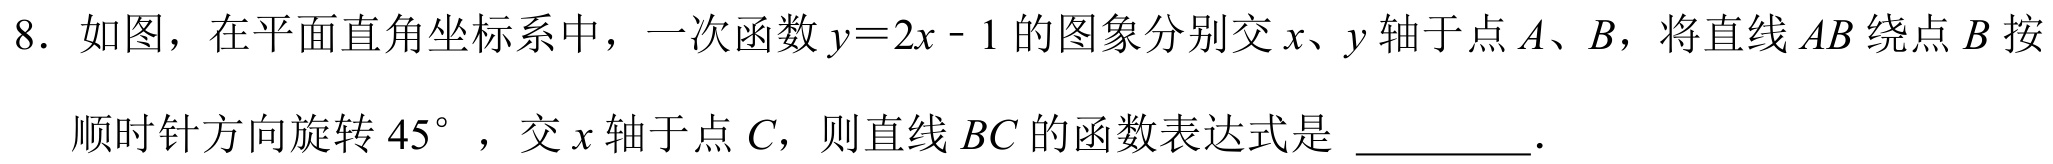
8. 如图，在平面直角坐标系中，一次函数\(y = 2x - 1\)的图象分别交\(x、y\)轴于点\(A、B\)，将直线\(AB\)绕点\(B\)按

顺时针方向旋转\(45^{\circ}\)，交\(x\)轴于点\(C\)，则直线\(BC\)的函数表达式是  ．